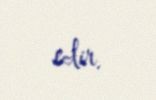
edir.